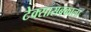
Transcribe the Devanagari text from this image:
टेक्सासबकाला